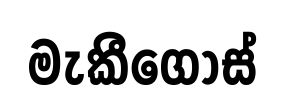
මැකීගොස්